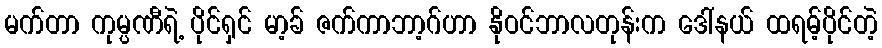
မက်တာ ကုမ္ပဏီရဲ့ ပိုင်ရှင် မာ့ခ် ဇက်ကာဘာ့ဂ်ဟာ နိုဝင်ဘာလတုန်းက ဒေါ်နယ် ထရမ့်ပိုင်တဲ့